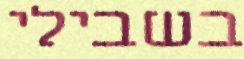
בשבילי